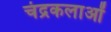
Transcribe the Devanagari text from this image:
चंद्रकलाओं